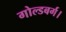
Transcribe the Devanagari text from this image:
गोल्डबर्ग।